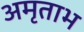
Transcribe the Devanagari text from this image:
अमृताभ